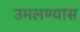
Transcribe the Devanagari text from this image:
उमलण्यास